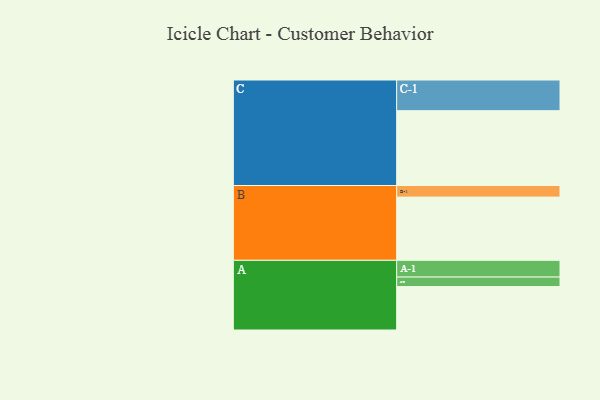
{"axis": {"x": "Segment", "y": "Value"}, "legend": ["", "A", "B", "C"], "data": [{"x": "A", "y": 330, "type": ""}, {"x": "B", "y": 480, "type": ""}, {"x": "C", "y": 568, "type": ""}, {"x": "A-1", "y": 127, "type": "A"}, {"x": "A-2", "y": 72, "type": "A"}, {"x": "B-1", "y": 88, "type": "B"}, {"x": "C-1", "y": 233, "type": "C"}]}